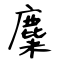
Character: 麋